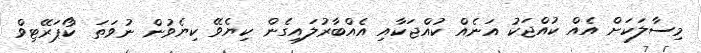
މިސާލަކަށް އެއް ކުއްޖަކު އަނެއް ކުއްޖަކާއި އެއްބާރުލައިގެން ކިޔެވޭ ކިޔެވުން ނުވަތަ 'ކޯޕަރޭޓިވް